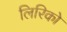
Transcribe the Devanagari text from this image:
लिरिको